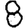
Digit: 8